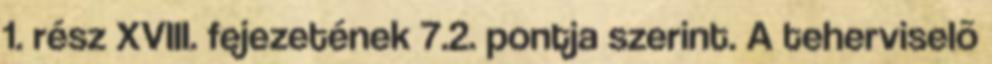
1. rész XVIII. fejezetének 7.2. pontja szerint. A teherviselõ